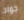
جواد